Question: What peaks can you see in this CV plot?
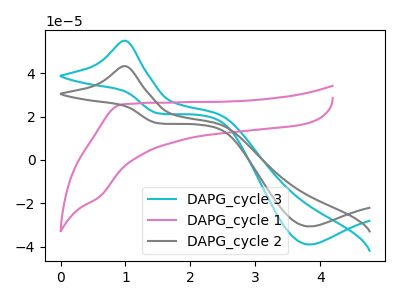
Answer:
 <answer>The cyan curve "DAPG_cycle 3" has an anodic peak at (1.00V, 54.95uA) and a cathodic peak at (3.85V, -39.05uA). The pink curve "DAPG_cycle 1" has no peaks. The gray curve "DAPG_cycle 2" has an anodic peak at (1.00V, 43.25uA) and a cathodic peak at (3.85V, -30.70uA).</answer>
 <eval></eval>